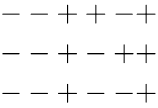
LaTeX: \begin{array}{c}{{--++-+}}\\ {{--+-++}}\\ {{--+--+}}\end{array}